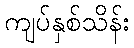
ကျပ်နှစ်သိန်း